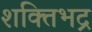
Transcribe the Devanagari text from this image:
शक्तिभद्र